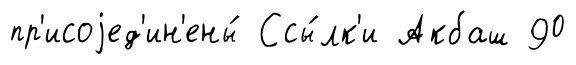
пр'исоjед'ин'ены́ Ссы́лк'и Акбаш 90